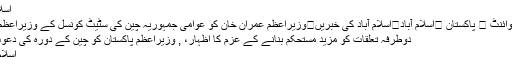
اسلام آباد
اُردو پوائنٹ ⬅ پاکستان ⬅اسلام آباد⬅اسلام آباد کی خبریں⬅وزیراعظم عمران خان کو عوامی جمہوریہ چین کی سٹیٹ کونسل کے وزیراعظم لی ..
دوطرفہ تعلقات کو مزید مستحکم بنانے کے عزم کا اظہار، , وزیراعظم پاکستان کو چین کے دورہ کی دعوت دی
اسلام آباد ۔